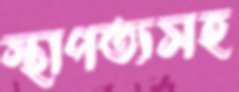
স্থাপত্যসহ